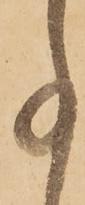
事